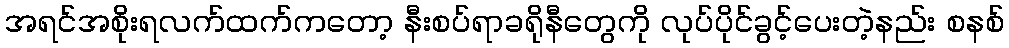
အရင်အစိုးရလက်ထက်ကတော့ နီးစပ်ရာခရိုနီတွေကို လုပ်ပိုင်ခွင့်ပေးတဲ့နည်း စနစ်